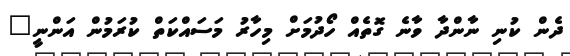
ދެން ކުނި ނާންދާ ވާނެ ގޮތެއް ހޯދުމަށް މިހާރު މަސައްކަތް ކުރަމުން އަންނީ"